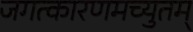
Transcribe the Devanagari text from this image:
जगत्कारणमच्युतम्